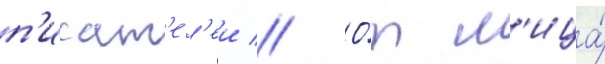
п'исат'ел'еи // О́т л'ица́